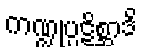
ကဏ္ဍုပ္ပဋိစ္ဆာဒိ